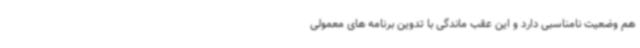
هم وضعیت نامناسبی دارد و این عقب ماندگی با تدوین برنامه های معمولی